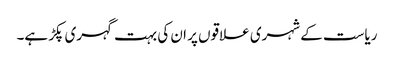
ریاست کے شہری علاقوں پر ان کی بہت گہری پکڑ ہے۔